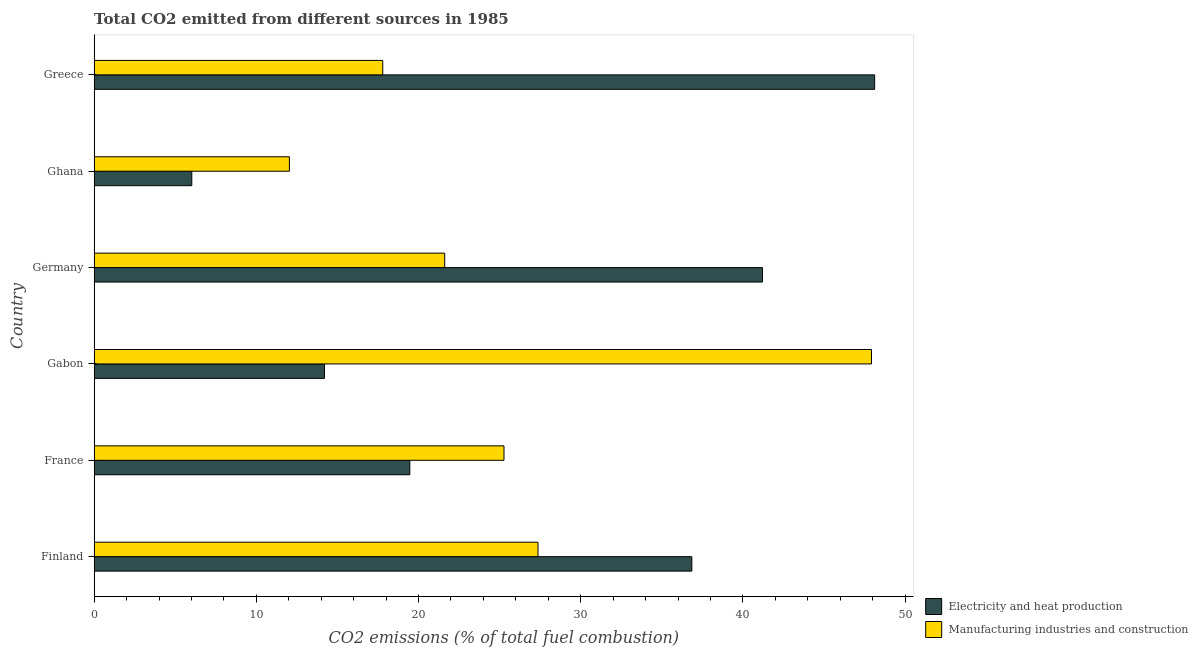
| Country | Electricity and heat production | Manufacturing industries and construction |
 | --- | --- | --- |
 | Finland | 36.9 | 27.4 |
 | France | 19.5 | 25.3 |
 | Gabon | 14.2 | 47.9 |
 | Germany | 41.2 | 21.6 |
 | Ghana | 6.02 | 12 |
 | Greece | 48.1 | 17.8 |